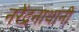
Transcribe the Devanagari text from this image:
नरेंद्रनाथांनी